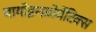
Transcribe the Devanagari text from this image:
बायोइन्फ़ोर्मेटिक्स